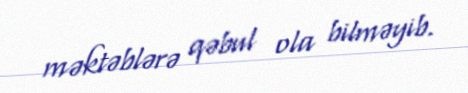
məktəblərə qəbul ola bilməyib.